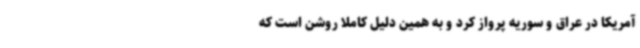
آمریکا در عراق و سوریه پرواز کرد و به همین دلیل کاملا روشن است که